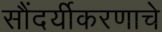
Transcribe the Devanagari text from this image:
सौंदर्यीकरणाचे